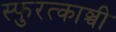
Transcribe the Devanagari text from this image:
स्फुरत्काञ्ची